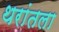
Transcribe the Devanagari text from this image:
थरांतला